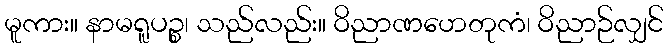
မူကား။ နာမရူပဉ္စ၊ သည်လည်း။ ဝိညာဏဟေတုကံ၊ ဝိညာဉ်လျှင်